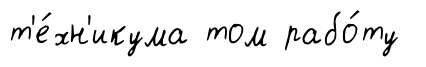
т'е́хн'икума том рабо́ту